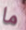
ما